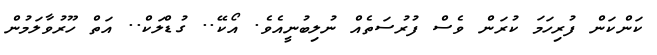
ކަންކަން ފުރިހަމަ ކުރަން ވެސް ފުރުސަތެއް ނުލިބުނީއެވެ. އޯކޭ.. ގުޑްލަކް.. އަތް ހޫރުވާލަމުން